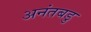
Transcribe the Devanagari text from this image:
अनंतबडु